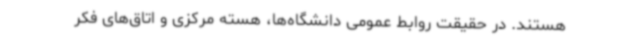
هستند. در حقیقت روابط عمومی دانشگاه‌ها، هسته مرکزی و اتاق‌های فکر